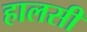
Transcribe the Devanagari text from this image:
हालसी